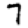
Digit: 7